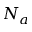
N _ { a }